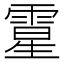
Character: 𩄆